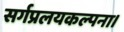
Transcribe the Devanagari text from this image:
सर्गप्रलयकल्पना।